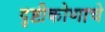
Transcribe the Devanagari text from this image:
दृष्टीकोणाचे